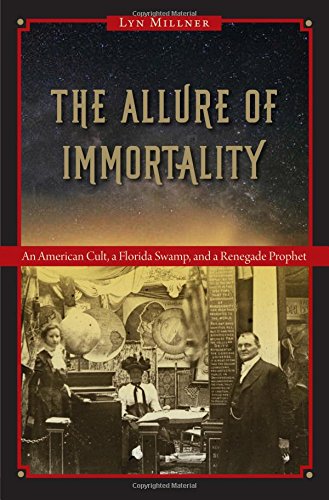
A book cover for The Allure of Immortality: An American Cult, a Florida Swamp, and a Renegade Prophet; Lyn Millner; Biographies & Memoirs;